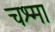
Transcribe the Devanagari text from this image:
चश्‍मा